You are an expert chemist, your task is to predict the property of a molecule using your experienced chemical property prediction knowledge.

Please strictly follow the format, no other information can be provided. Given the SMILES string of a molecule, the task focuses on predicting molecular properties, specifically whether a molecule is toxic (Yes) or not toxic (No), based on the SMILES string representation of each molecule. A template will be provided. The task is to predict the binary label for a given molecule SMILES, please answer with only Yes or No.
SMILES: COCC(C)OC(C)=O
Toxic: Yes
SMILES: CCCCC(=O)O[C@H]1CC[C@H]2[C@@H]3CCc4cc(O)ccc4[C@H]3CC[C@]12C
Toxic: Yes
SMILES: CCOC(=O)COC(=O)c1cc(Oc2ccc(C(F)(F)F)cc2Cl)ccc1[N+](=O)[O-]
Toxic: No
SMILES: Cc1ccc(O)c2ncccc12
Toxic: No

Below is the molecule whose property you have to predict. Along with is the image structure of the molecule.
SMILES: CC(=O)c1cc2ccccc2s1
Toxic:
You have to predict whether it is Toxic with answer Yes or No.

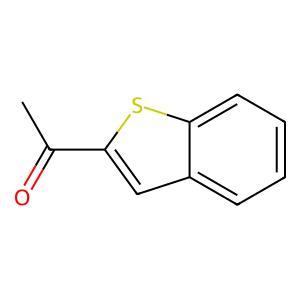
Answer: No